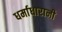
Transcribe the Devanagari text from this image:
धर्माधारानी